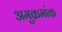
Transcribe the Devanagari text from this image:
अमुक्रमांक